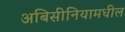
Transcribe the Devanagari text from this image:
अबिसीनियामधील